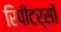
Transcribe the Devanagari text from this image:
रिपीटर्सों